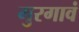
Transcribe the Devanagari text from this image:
गुरगावं